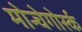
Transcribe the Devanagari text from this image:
मोन्चेगोर्स्क